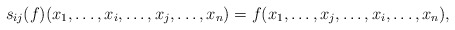
\begin{gather*}s_{ij}(f)(x_1,\ldots,x_i,\ldots,x_j,\ldots, x_n)=f(x_1,\ldots,x_j,\ldots,x_i,\ldots, x_n),\end{gather*}